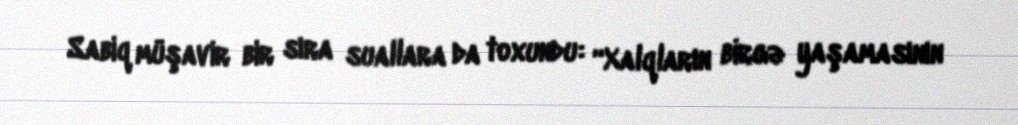
Sabiq müşavir bir sıra suallara da toxundu: “Xalqların birgə yaşamasının